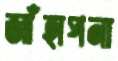
জাঁহাপনা